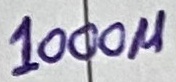
Text: 1000µ